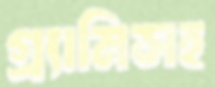
গ্র্যামিসহ